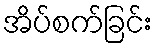
အိပ်စက်ခြင်း